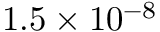
1 . 5 \times 1 0 ^ { - 8 }